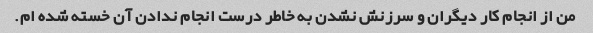
من از انجام کار دیگران و سرزنش نشدن به خاطر درست انجام ندادن آن خسته شده ام.